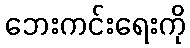
ဘေးကင်းရေးကို